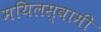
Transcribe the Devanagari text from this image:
मयिलस्वामी